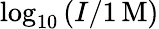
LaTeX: \log_{10}\left(I/1\, \mathrm{M}\right)